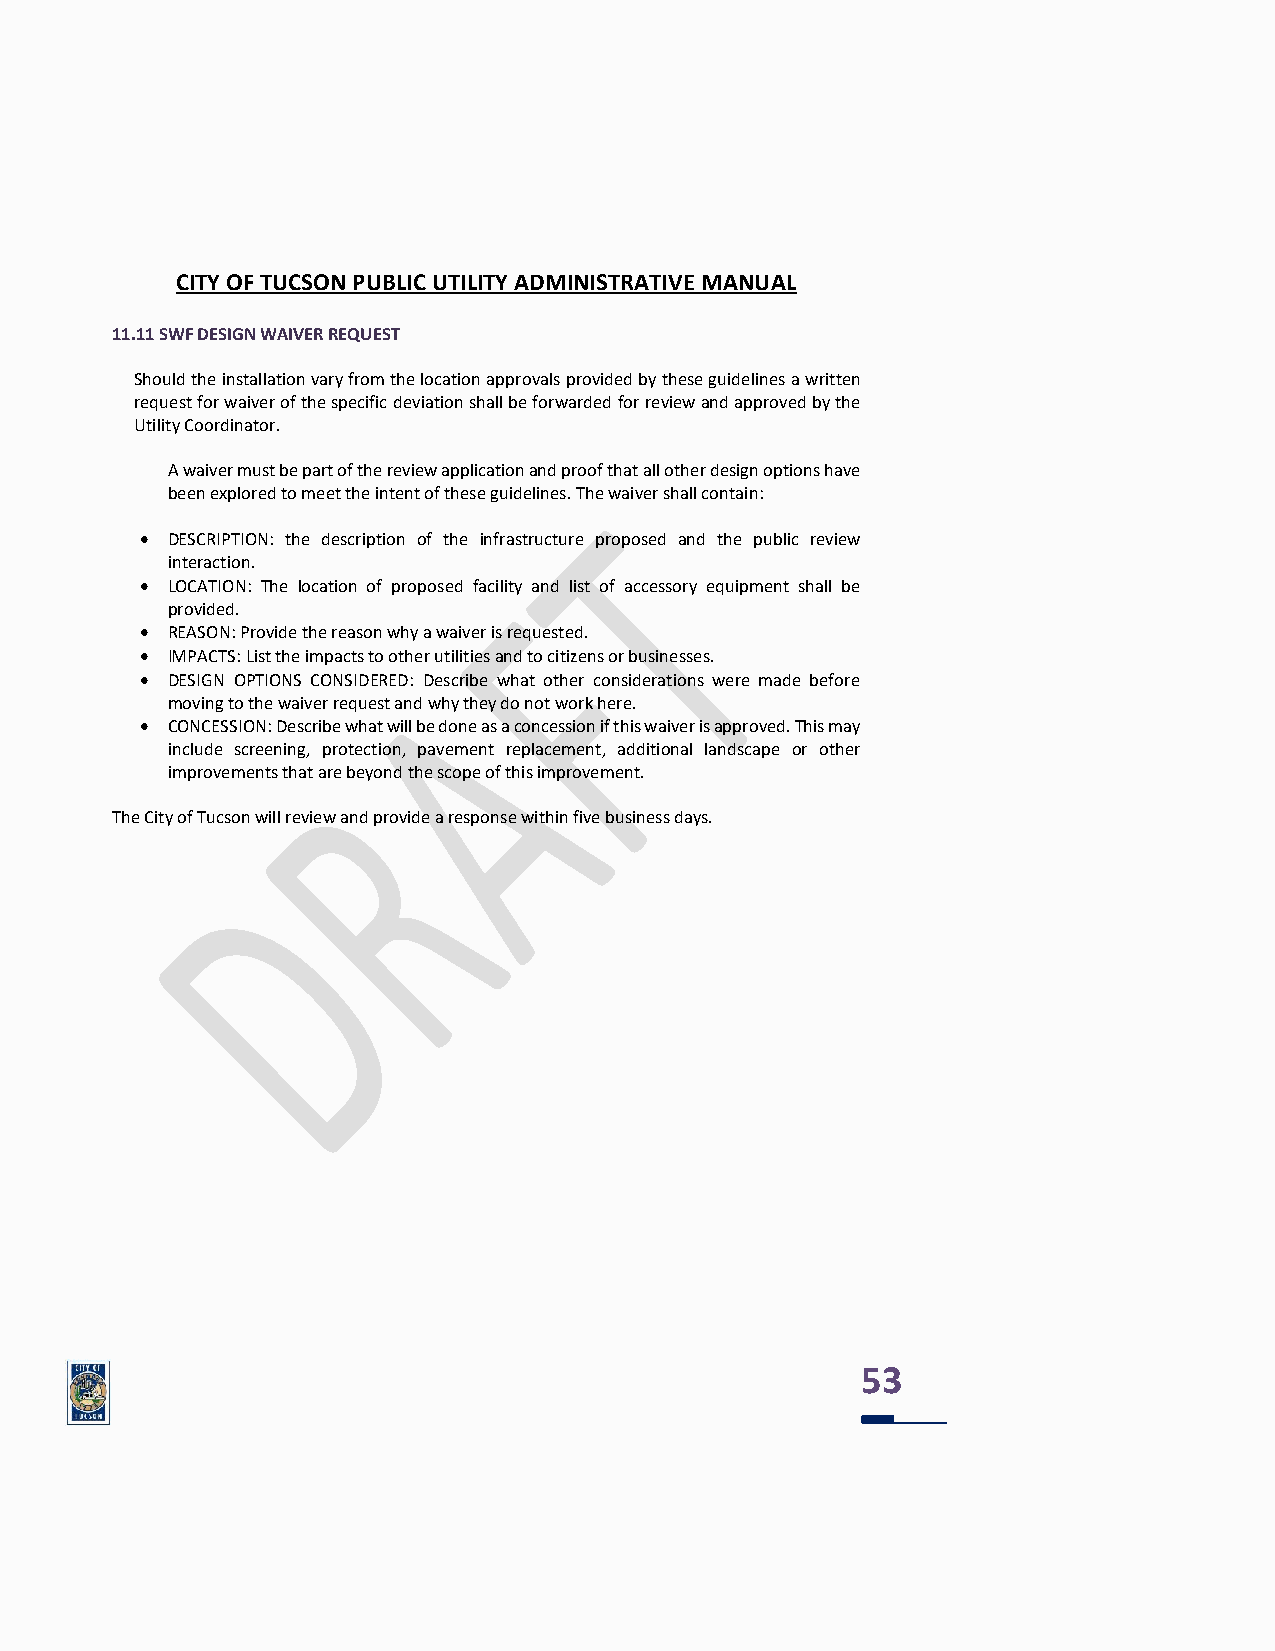
CITY OF TUCSON PUBLIC UTILITY ADMINISTRATIVE MANUAL
 11.11 SWF DESIGN WAIVER REQUEST
 Should the installation vary from the location approvals provided by these guidelines a written
 request for waiver of the specific deviation shall be forwarded for review and approved by the
 Utility Coordinator.
 A waiver must be part of the review application and proof that all other design options have
 been explored to meet the intent of these guidelines. The waiver shall contain:
 • DESCRIPTION: the description of the infrastructure proposed and the public review
 interaction.
 • LOCATION: The location of proposed facility and list of accessory equipment shall be
 provided.
 • REASON: Provide the reason why a waiver is requested.
 • IMPACTS: List the impacts to other utilities and to citizens or businesses.
 • DESIGN OPTIONS CONSIDERED: Describe what other considerations were made before
 moving to the waiver request and why they do not work here.
 • CONCESSION: Describe what will be done as a concession if this waiver is approved. This may
 include screening, protection, pavement replacement, additional landscape or other
 improvements that are beyond the scope of this improvement.
 The City of Tucson will review and provide a response within five business days.
 53